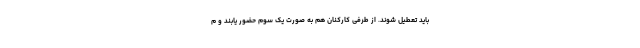
باید تعطیل شوند. از طرفی کارکنان هم به صورت یک سوم حضور یابند و م